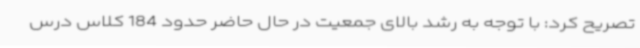
تصریح کرد: با توجه به رشد بالای جمعیت در حال حاضر حدود 184 کلاس درس